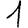
Digit: 1